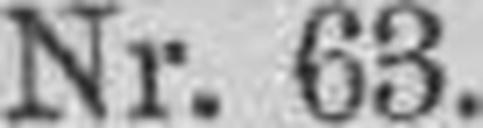
Nr. 63.